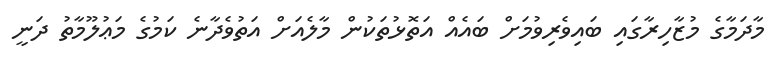
މާދަމާގެ މުޒާހިރާގައި ބައިވެރިވުމަށް ބައެއް އަތޮޅުތަކުން މާލެއަށް އަތުވެދާނެ ކަމުގެ މަޢުލޫމާތު ދަނީ